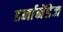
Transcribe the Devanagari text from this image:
हर्नानेंडेज